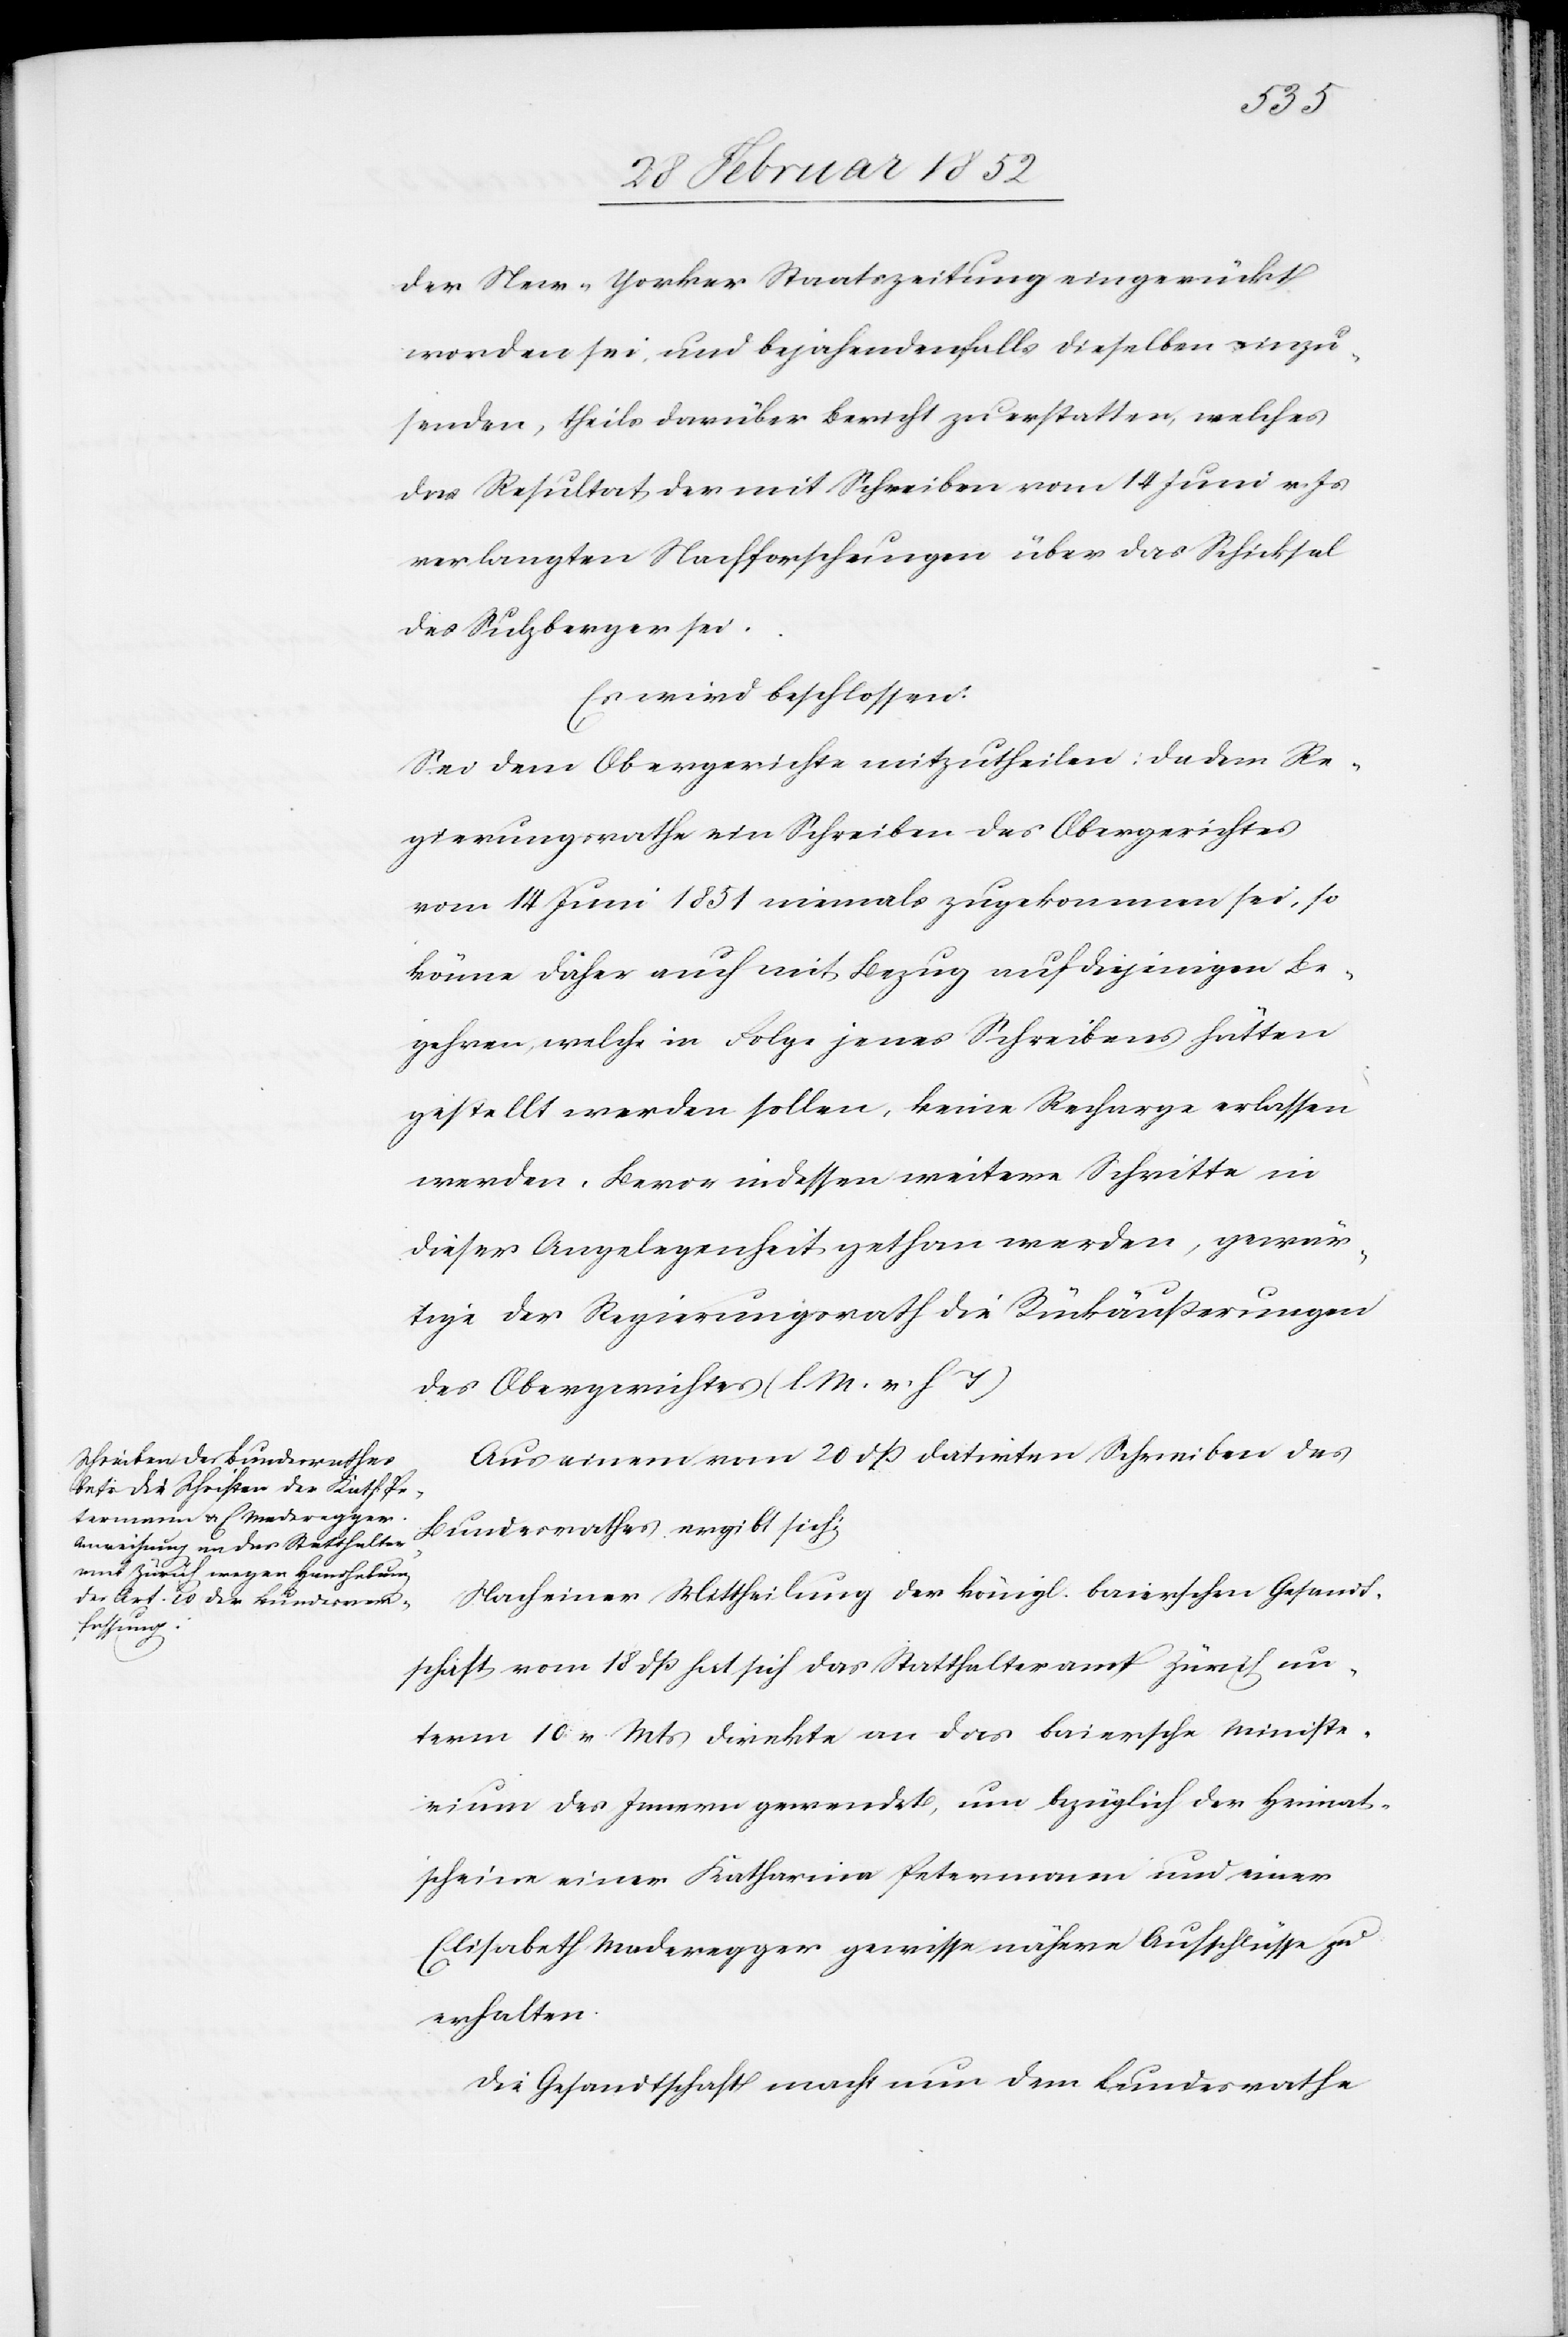
der New-Yorker Staatszeitung eingerückt
worden sein, und bejahendenfalls dieselben einzu¬
senden, theils darüber Bericht zu erstatten, welches
das Resultat der mit Schreiben vom 14 Juni v. Js
verlangten Nachforschungen über das Schicksal
des Sulzberger sei.
Es wird beschlossen.
Sei dem Obergerichte mitzutheilen: Da dem Re¬
gierungsrathe ein Schreiben des Obergerichtes
vom 14 Juni 1851 niemals zugekommen sei, so
könne daher auch mit Bezug auf diejenigen Be¬
gehren, welche in Folge jenes Schreibens hätten
gestellt werden sollen, keine Recharge erlassen
werden. Bevor indessen weitere Schritte in
dieser Angelegenheit gethan werden, gewär¬
tige der Regierungsrath die Rückäußerungen
des Obergerichtes (l. M. v. h. T.).
Aus einem vom 20 dß datirten Schreiben des
Bundesrathes ergibt sich:
Nach einer Mittheilung der königl. baierschen Gesandt¬
schaft vom 18 dß hat sich das Statthalteramt Zürich un¬
term 10 v. Mts direkte an das baiersche Ministe¬
rium des Innern gewendet, um bezüglich der Heimat¬
scheine einer Katharina Petermann und einer
Elisabeth Maderegger gewisse nähere Aufschlüsse zu
erhalten.
Die Gesandtschaft macht nun dem Bundesrathe